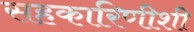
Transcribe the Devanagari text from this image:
सहकारिणीशी